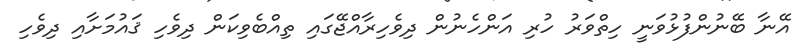
އޭނާ ބޭނުންފުޅުވަނީ ހިތްވަަރު ހުރި އަންހެނުން ދިވެހިރާއްޖޭގައި ތިއްބެވިކަން ދިވެހި ޤައުމަށާއި ދިވެހި